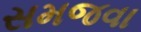
સમજવા